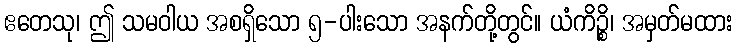
ဧတေသု၊ ဤ သမဝါယ အစရှိသော ၅-ပါးသော အနက်တို့တွင်။ ယံကိဉ္စိ၊ အမှတ်မထား